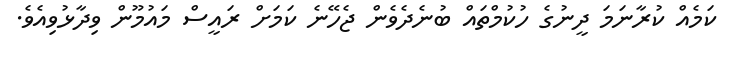
ކަމެއް ކުރާނަމަ ދީނުގެ ހުކުމްތައް ބުނެދެވެން ޖެހޭނެ ކަމަށް ރައީސް މައުމޫން ވިދާޅުވިއެވެ.